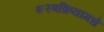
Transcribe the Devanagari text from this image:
शस्त्रक्रियांमधे